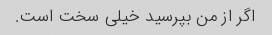
اگر از من بپرسید خیلی سخت است.